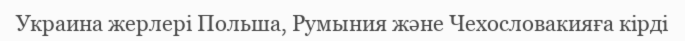
Украина жерлері Польша, Румыния және Чехословакияға кірді